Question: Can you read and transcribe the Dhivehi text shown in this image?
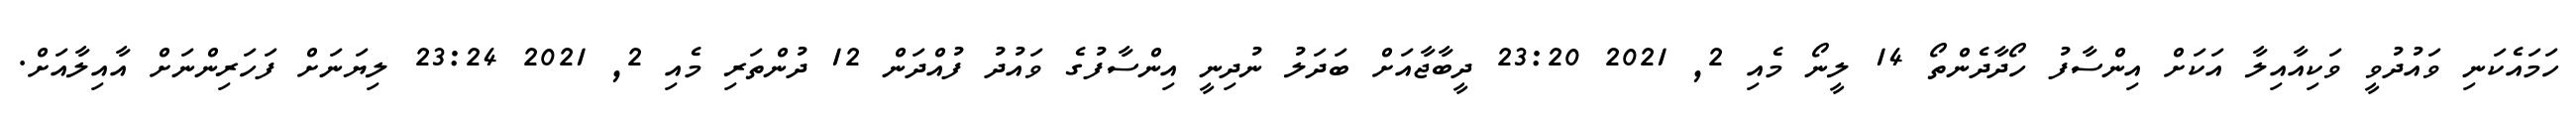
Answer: ހަމައެކަނި ވައުދުވީ ވަކިއާއިލާ އަކަށް އިންސާފު ހޯދާދެންތޯ 14 ލީނޯ މެއި 2, 2021 23:20 ދީބާޖާއަށް ބަދަލު ނުދިނީ އިންސާފުގެ ވައުދު ފުއްދަން 12 ދުންތަރި މެއި 2, 2021 23:24 ލިޔަނަށް ފަހަރިންނަށް އާއިލާއަށް.